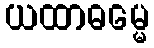
ယထာဓမ္မေ